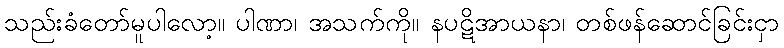
သည်းခံတော်မူပါလော့။ ပါဏာ၊ အသက်ကို။ နပဋိအာယနာ၊ တစ်ဖန်ဆောင်ခြင်းငှာ